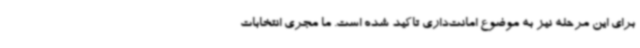
برای این مرحله نیز به موضوع امانت‌داری تاکید شده است. ما مجری انتخابات